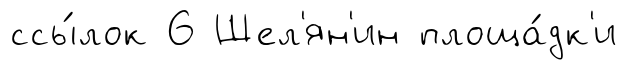
ссы́лок 6 Шел'ян'ин площа́дк'и